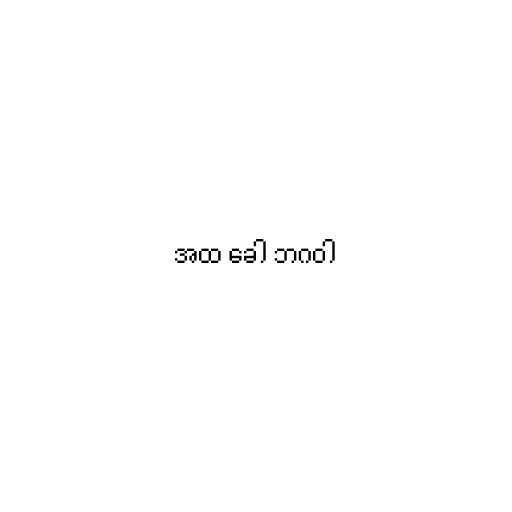
အထ ခေါ ဘဂဝါ